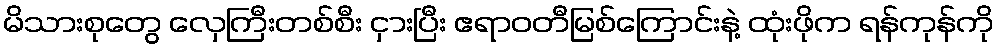
မိသားစုတွေ လှေကြီးတစ်စီး ငှားပြီး ဧရာဝတီမြစ်ကြောင်းနဲ့ ထုံးဖိုက ရန်ကုန်ကို